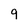
Character: 9